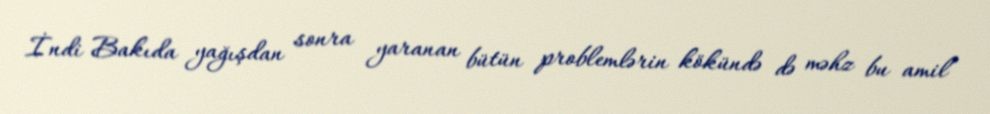
İndi Bakıda yağışdan sonra yaranan bütün problemlərin kökündə də məhz bu amil